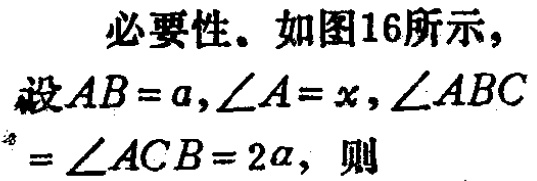
必要性。如图16所示，设\(AB = a,\angle A = x,\angle ABC=\angle ACB = 2\alpha\)，则